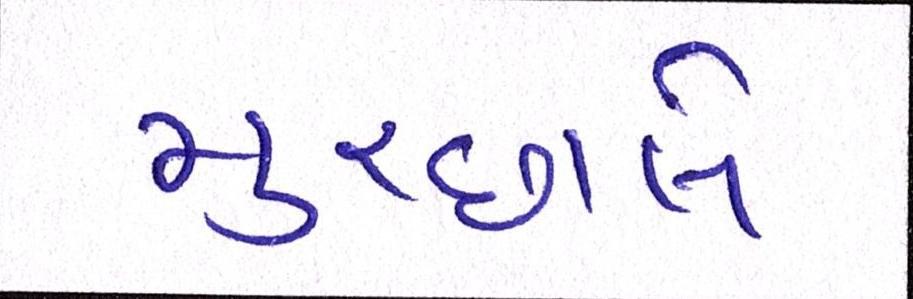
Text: મુચ્છાલે